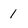
Character: 1